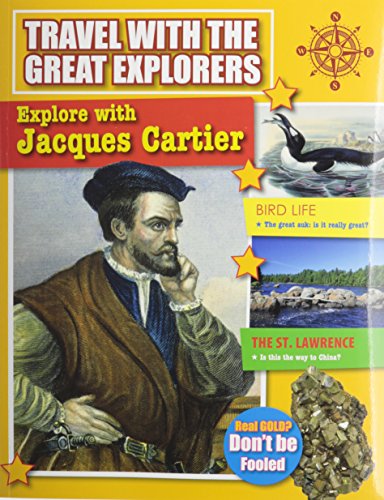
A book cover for Explore With Jacques Cartier (Travel With the Great Explorers); Marie Powell; Children's Books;